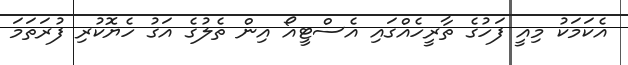
އެކަމަކު މިއީ ފަހުގެ ތާރީހެއްގައި އެސްޓީއޯ އިން ތެލުގެ އަގު ހެޔޮކުރި ފުރަތަމަ